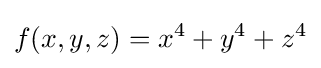
f(x,y,z)=x^{4}+y^{4}+z^{4}